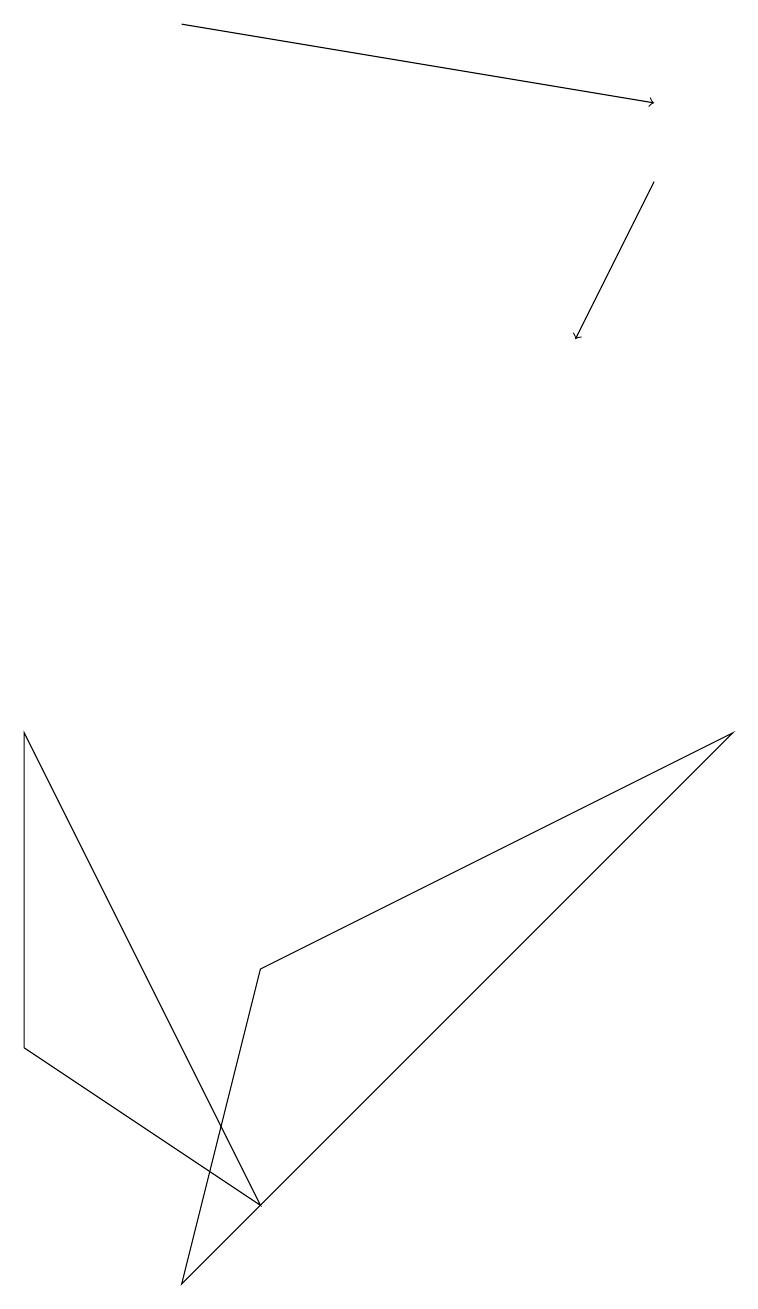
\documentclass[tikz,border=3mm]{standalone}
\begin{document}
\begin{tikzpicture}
\draw (3,4) -- (2,0) -- (9,7) -- cycle;
\draw[->] (8,14) -- (7,12);
\draw[->] (2,16) -- (8,15);
\draw (3,1) -- (0,3) -- (0,7) -- cycle;
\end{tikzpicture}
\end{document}